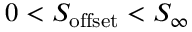
0 < S _ { \mathrm { o f f s e t } } < S _ { \infty }